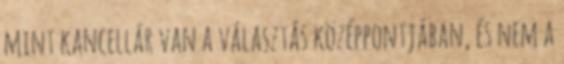
mint kancellár van a választás középpontjában, és nem a